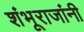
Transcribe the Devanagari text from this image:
शंभूराजांनी